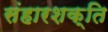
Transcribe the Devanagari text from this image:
संहारशक्ति